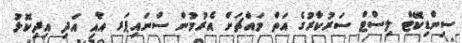
ސިންޑިކޭޓް ލިސްޓް ސަރުކާރުގެ އަތް މައްޗަށް އެރުމުން ސްނައިޕަރ އާއި އަދި އިިދިކޮޅު